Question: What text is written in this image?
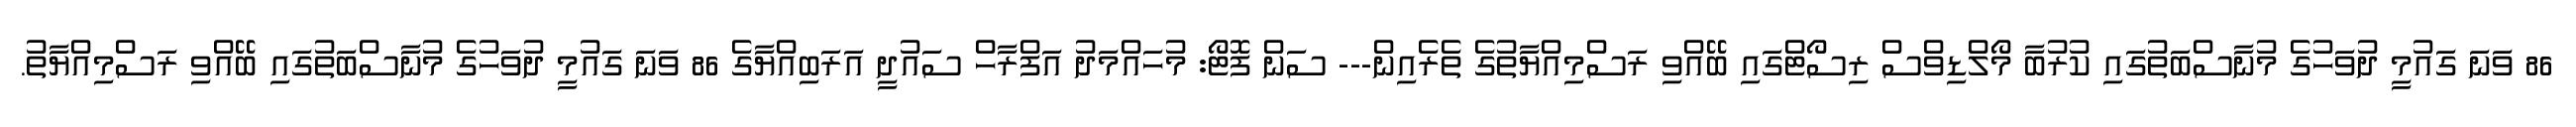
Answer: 86 ވަނަ ގައުމީ ދުވަހުގެ މުނާސްބަތުގައި ކުރުބާ މޯލްޑިވްސް ރިސޯޓްގައި ބޭއްވި ރަސްމިއްޔާތުގެ ތެރެއިން--- ސަން ފޮޓޯ: މުހައްމަދު އަފްރާހް ސައުދީ އަރަބިއްޔާގެ 86 ވަނަ ގައުމީ ދުވަހުގެ މުނާސްބަތުގައި ބޭއްވި ރަސްމިއްޔާތު.